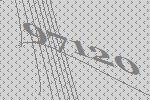
97120